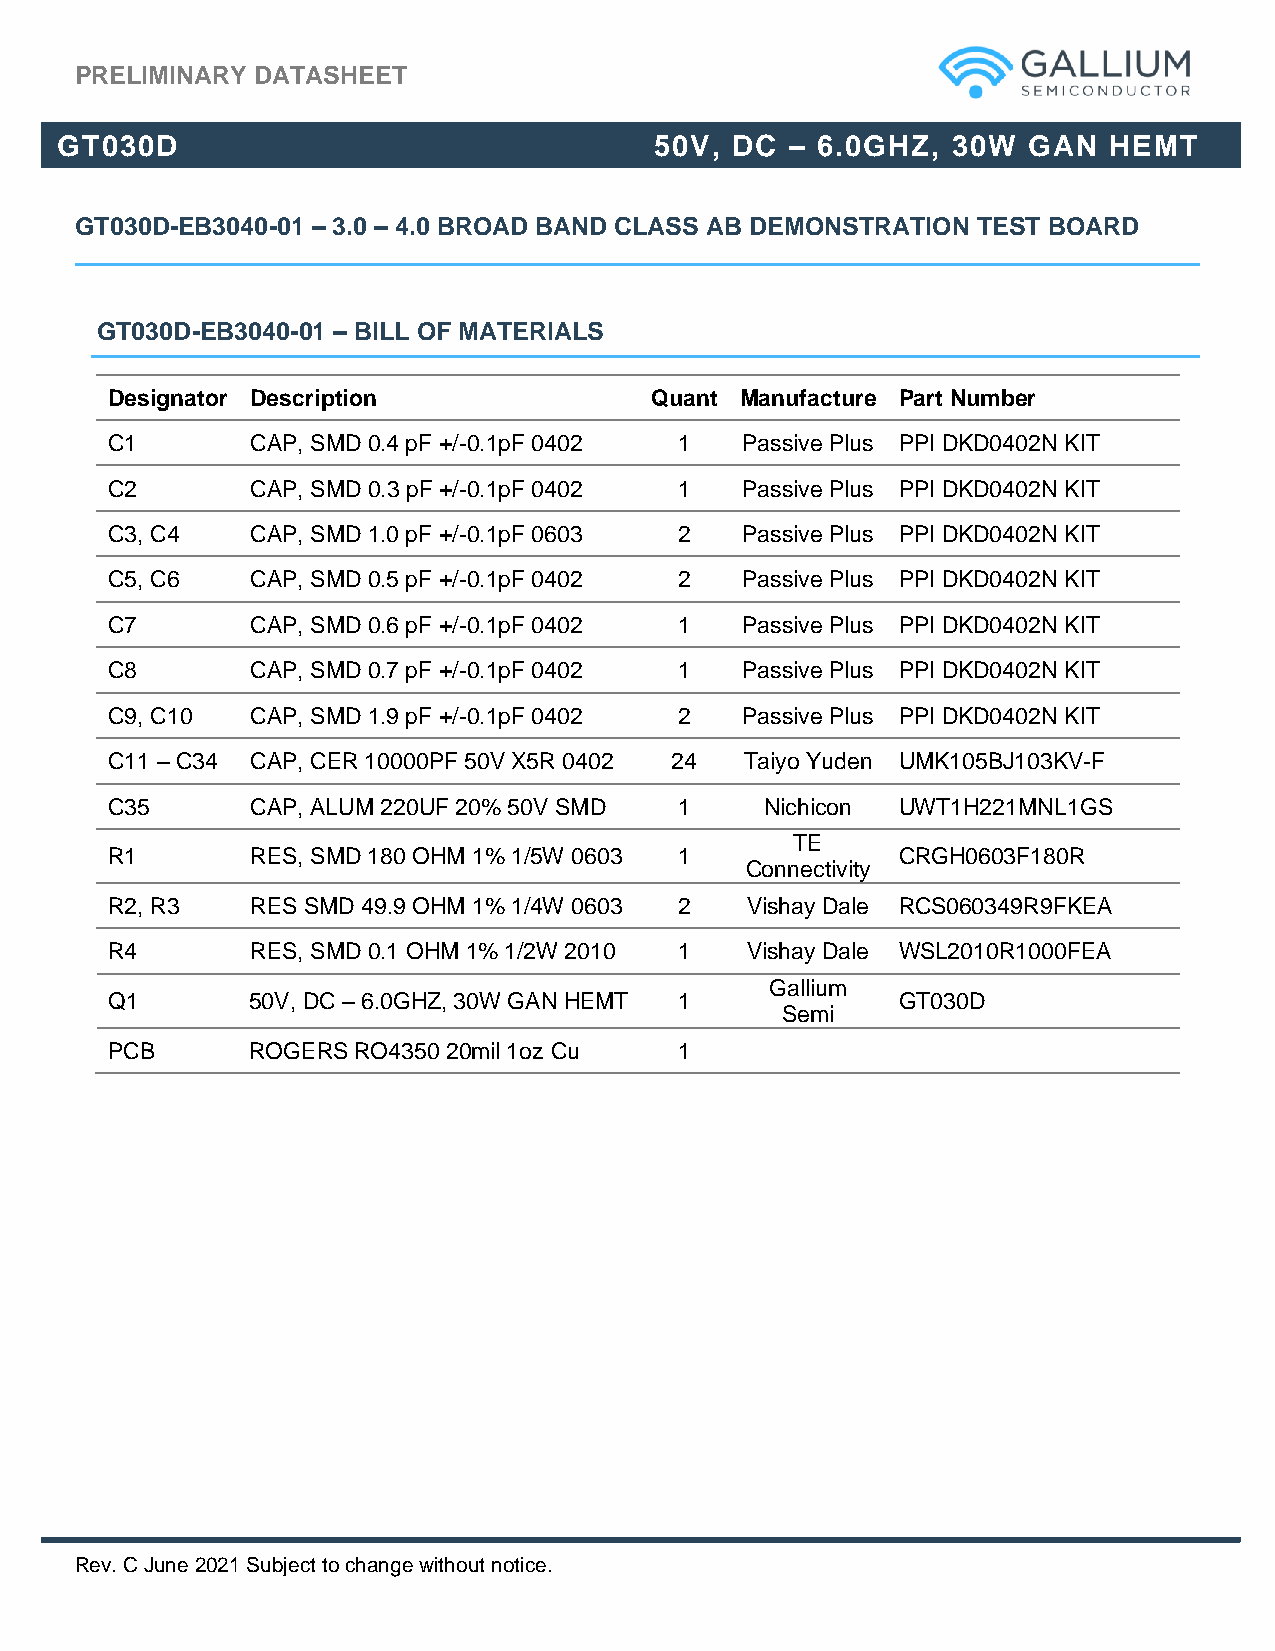
PRELIMINARY DATASHEET
 GT030D                                 50V, DC  – 6.0GHZ,  30W  GAN  HEMT
 GT030D-EB3040-01 – 3.0 – 4.0 BROAD BAND CLASS AB DEMONSTRATION TEST BOARD
 GT030D-EB3040-01 – BILL OF MATERIALS
 Designator Description              Quant Manufacture Part Number
 C1        CAP, SMD 0.4 pF +/-0.1pF 0402 1 Passive Plus PPI DKD0402N KIT
 C2        CAP, SMD 0.3 pF +/-0.1pF 0402 1 Passive Plus PPI DKD0402N KIT
 C3, C4    CAP, SMD 1.0 pF +/-0.1pF 0603 2 Passive Plus PPI DKD0402N KIT
 C5, C6    CAP, SMD 0.5 pF +/-0.1pF 0402 2 Passive Plus PPI DKD0402N KIT
 C7        CAP, SMD 0.6 pF +/-0.1pF 0402 1 Passive Plus PPI DKD0402N KIT
 C8        CAP, SMD 0.7 pF +/-0.1pF 0402 1 Passive Plus PPI DKD0402N KIT
 C9, C10   CAP, SMD 1.9 pF +/-0.1pF 0402 2 Passive Plus PPI DKD0402N KIT
 C11 – C34 CAP, CER 10000PF 50V X5R 0402 24 Taiyo Yuden UMK105BJ103KV-F
 C35       CAP, ALUM 220UF 20% 50V SMD 1     Nichicon UWT1H221MNL1GS
 TE
 R1        RES, SMD 180 OHM 1% 1/5W 0603 1           CRGH0603F180R
 Connectivity
 R2, R3    RES SMD 49.9 OHM 1% 1/4W 0603 2 Vishay Dale RCS060349R9FKEA
 R4        RES, SMD 0.1 OHM 1% 1/2W 2010 1 Vishay Dale WSL2010R1000FEA
 Gallium
 Q1       50V, DC – 6.0GHZ, 30W GAN HEMT 1           GT030D
 Semi
 PCB      ROGERS RO4350 20mil 1oz Cu   1
 Rev. C June 2021 Subject to change without notice.